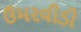
ઉમરવીડી